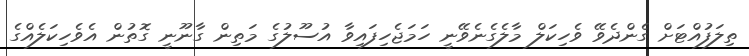
ތިލަފުއްޓަށް ގެންދެވޭ ވެހިކަލް މާލެގެނެވޭނީ ހަމަޖެހިފައިވާ އުސޫލުގެ މަތިން ގާނޫނީ ގޮތުން އެވެހިކަލެއްގެ